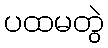
ပထမတွဲ